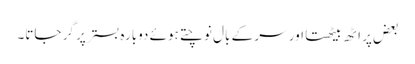
بعض پر اٹھ بیٹھتا اور سر کے بال نوچتے ہوئے دوبارہ بستر پر گر جاتا۔